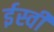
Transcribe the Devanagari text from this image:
र्इस्वी